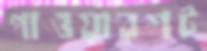
পাওয়ারশট